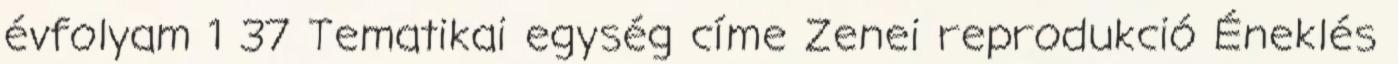
évfolyam 1 37 Tematikai egység címe Zenei reprodukció Éneklés